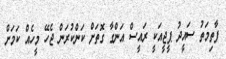
ފާތިމަތު ސައީދު ޕީޖީއަކީ ރައީސް އަންގާ ގޮތަށް ކަންކުރަން ޖެހޭ މީހެއް ކަމަށް